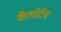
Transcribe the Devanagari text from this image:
कैलोटेस